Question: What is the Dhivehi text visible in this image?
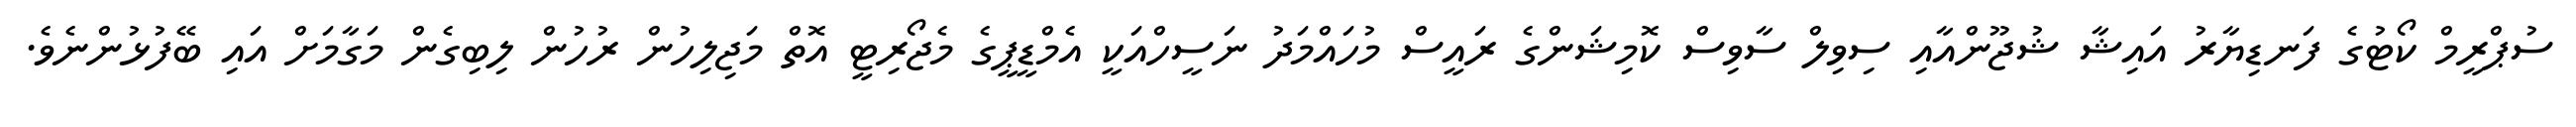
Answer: ސުޕްރީމް ކޯޓުގެ ފަނޑިޔާރު އައިޝާ ޝުޖޫންއާއި ސިވިލް ސާވިސް ކޮމިޝަންގެ ރައީސް މުހައްމަދު ނަސީހްއަކީ އެމްޑީޕީގެ މެޖޯރިޓީ އޮތް މަޖިލިހުން ރުހުން ލިބިގެން މަގާމަށް އައި ބޭފުޅުންނެވެ.